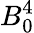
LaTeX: B_{0}^{4}